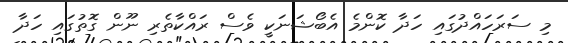
މި ސަރަހައްދުގައި ހަދާ ކޮންމެ އެބޯޝަނަކީ ވެސް ރައްކާތެރި ނޫން ގޮތުގައި ހަދާ